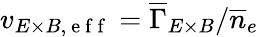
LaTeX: v_{E\times B,\mathrm{~e~f~f~}}=\overline{{\Gamma}}_{E\times B}/\overline{{n}}_{e}